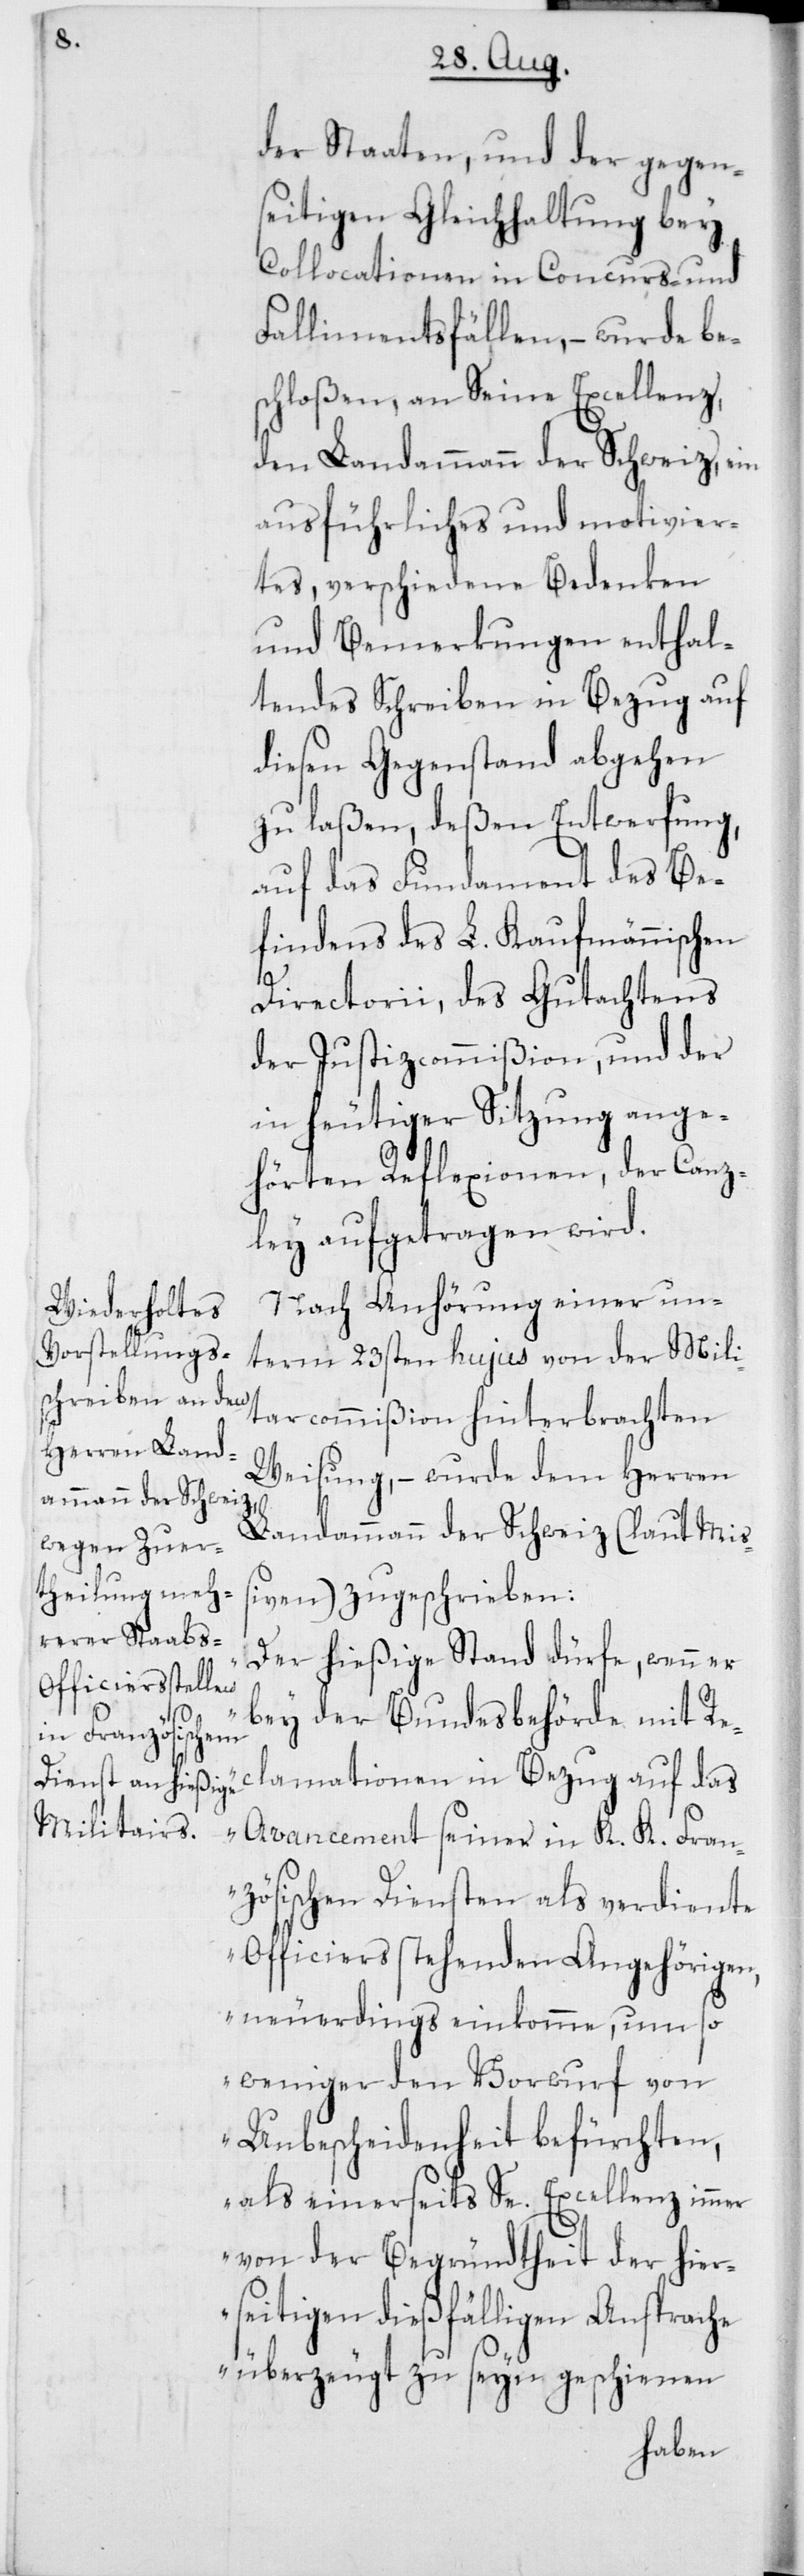
der Staaten, und der gegen¬
seitigen Gleichhaltung
Collocationen in Concurs- und
Fallimentsfällen, – wurde be¬
schloßen, an Seine Excellenz,
den Landammann der Schweiz, ein
ausführliches und motivier¬
tes, verschiedene Bedenken
und Bemerkungen enthal¬
tendes Schreiben in Bezug auf
diesen Gegenstand abgehen
zu laßen, deßen Entwerfung,
auf das Fundament des Be¬
findens des L. Kaufmännischen
Directorii, des Gutachtens
der Justizcommißion, und der
in heutiger Sitzung ange¬
hörten Reflexionen, der Canz¬
ley aufgetragen wird.
Nach Anhörung einer un¬
term 23sten hujus von der Mili¬
tarcommißion hinterbrachten
Weisung, – wurde dem Herren
Landammann der Schweiz (laut Miß¬
iven) zugeschrieben:
„Der hießige Stand dürfe, wenn er
bey der Bundesbehörde mit Rec¬
lamationen in Bezug auf das
Avancement seiner in K. K. Fran¬
zösischen Diensten als verdiente
Officiers stehenden Angehörigen,
neuerdings einkomme, um so
weniger den Vorwurf von
Unbescheidenheit befürchten,
als einerseits Se. Excellenz immer
von der Begründtheit der hier¬
seitigen dießfälligen Ansprache
überzeugt zu seyn geschienen